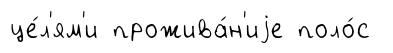
це́л'ям'и прожива́н'иjе поло́с